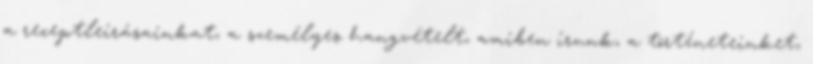
a receptleírásainkat, a személyes hangvételt, amiben írunk, a történeteinket,